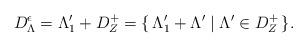
LaTeX: \begin{align*}D^\epsilon_\Lambda=\Lambda'_1+D^+_Z=\{\,\Lambda'_1+\Lambda'\mid\Lambda'\in D^+_Z\,\}.\end{align*}